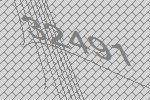
32491